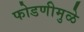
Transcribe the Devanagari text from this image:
फोडणीमुळे